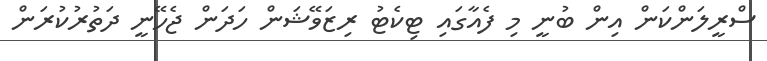
ސްރީލަންކަން އިން ބުނީ މި ފެއާގައި ޓިކެޓު ރިޒަވޭޝަން ހަދަން ޖެހޭނީ ދަތުރުކުރަން